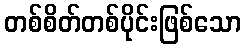
တစ်စိတ်တစ်ပိုင်းဖြစ်သော